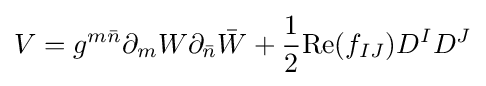
V=g^{m{\bar {n}}}\partial _{m}W\partial _{\bar {n}}{\bar {W}}+{\frac {1}{2}}{\text{Re}}(f_{IJ})D^{I}D^{J}